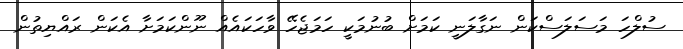
ސުލްހަ މަސަލަސްކަން ނަގާލަނީ ކަމަށް ބުނުމަކީ ހަމަޖެހޭ ވާހަކައެއް ނޫންކަމަށާ އެކަން ރައްޔިތުން